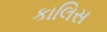
કાલિસ